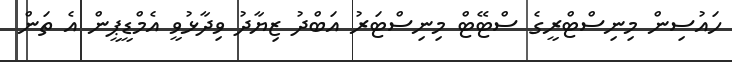
ހައުސިން މިނިސްޓްރީގެ ސްޓޭޓް މިނިސްޓަރު އަބްދު ޒިޔާދު ވިދާޅުވީ އެމްޑީޕީން އެ ތަން